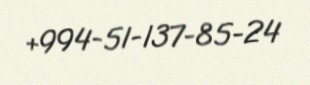
+994-51-137-85-24